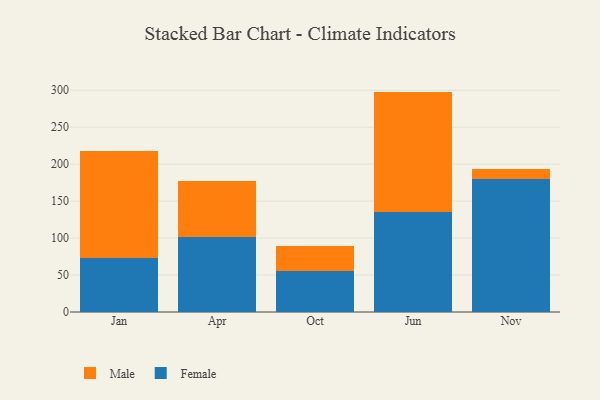
{"axis": {"x": "Month", "y": "Page Views"}, "legend": ["Female", "Male"], "data": [{"x": "Jan", "y": 73.6, "type": "Female"}, {"x": "Jan", "y": 144.6, "type": "Male"}, {"x": "Apr", "y": 101.4, "type": "Female"}, {"x": "Apr", "y": 75.6, "type": "Male"}, {"x": "Oct", "y": 54.9, "type": "Female"}, {"x": "Oct", "y": 34.8, "type": "Male"}, {"x": "Jun", "y": 135.3, "type": "Female"}, {"x": "Jun", "y": 162.8, "type": "Male"}, {"x": "Nov", "y": 179.4, "type": "Female"}, {"x": "Nov", "y": 14.1, "type": "Male"}]}